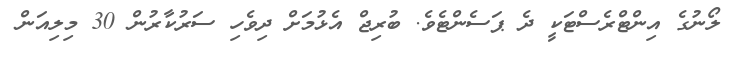
ލޯނުގެ އިންޓްރެސްޓަކީ ދެ ޕަސެންޓެވެ. ބުރިޖް އެޅުމަށް ދިވެހި ސަރުކާރުން 30 މިލިއަން